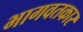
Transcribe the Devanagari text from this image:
भागवतकार